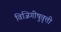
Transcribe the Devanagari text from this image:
विजिगीषुवृत्ती